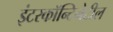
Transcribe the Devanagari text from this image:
इंटरकॉन्टिनेटील